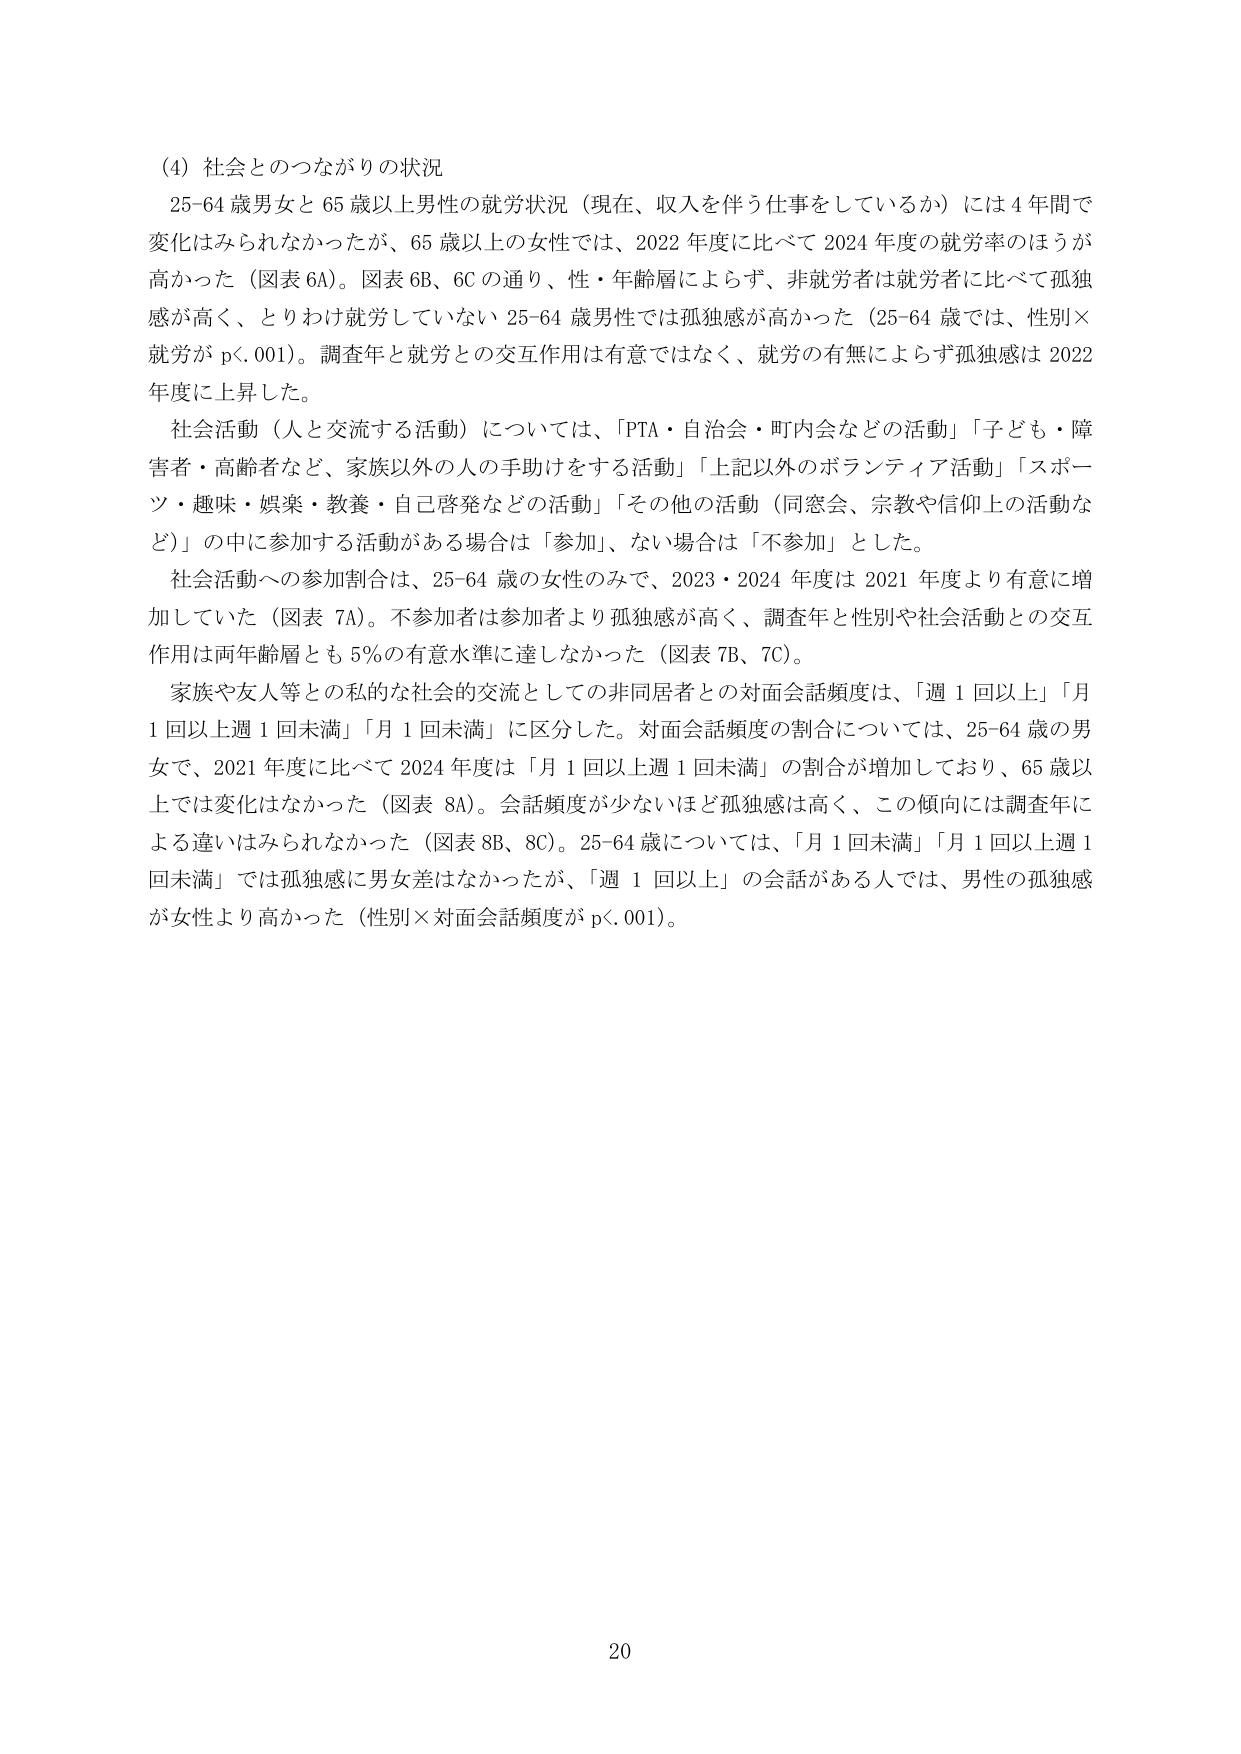
(4) 社会とのつながりの状況
25-64 歳男女と 65 歳以上男性の就労状況（現在、収入を伴う仕事をしているか）には 4 年間で変化はみられなかったが、65 歳以上の女性では、2022 年度に比べて 2024 年度の就労率のほうが高かった（図表 6A）。図表 6B、6C の通り、性・年齢層によらず、非就労者は就労者に比べて孤独感が高く、とりわけ就労していない 25-64 歳男性では孤独感が高かった（25-64 歳では、性別×就労が p<.001）。調査年と就労との交互作用は有意ではなく、就労の有無によらず孤独感は 2022 年度に上昇した。

社会活動（人と交流する活動）については、「PTA・自治会・町内会などの活動」「子ども・障害者・高齢者など、家族以外の人の手助けをする活動」「上記以外のボランティア活動」「スポーツ・趣味・娯楽・教養・自己啓発などの活動」「その他の活動（同窓会、宗教や信仰上の活動など）」の中に参加する活動がある場合は「参加」、ない場合は「不参加」とした。

社会活動への参加割合は、25-64 歳の女性のみで、2023・2024 年度は 2021 年度より有意に増加していた（図表 7A）。不参加者は参加者より孤独感が高く、調査年と性別や社会活動との交互作用は両年齢層とも 5% の有意水準に達しなかった（図表 7B、7C）。

家族や友人等との私的な社会的交流としての非同居者との対面会話頻度は、「週 1 回以上」「月 1 回以上週 1 回未満」「月 1 回未満」に区分した。対面会話頻度の割合については、25-64 歳の男女で、2021 年度に比べて 2024 年度は「月 1 回以上週 1 回未満」の割合が増加しており、65 歳以上では変化はなかった（図表 8A）。会話頻度が少ないほど孤独感は高く、この傾向には調査年による違いはみられなかった（図表 8B、8C）。25-64 歳については、「月 1 回未満」「月 1 回以上週 1 回未満」では孤独感に男女差はなかったが、「週 1 回以上」の会話がある人では、男性の孤独感が女性より高かった（性別×対面会話頻度が p<.001）。

20